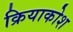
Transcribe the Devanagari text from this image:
क्रियाकोश